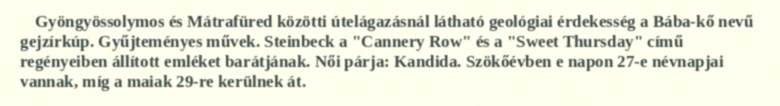
Gyöngyössolymos és Mátrafüred közötti útelágazásnál látható geológiai érdekesség a Bába-kő nevű gejzírkúp. Gyűjteményes művek. Steinbeck a "Cannery Row" és a "Sweet Thursday" című regényeiben állított emléket barátjának. Női párja: Kandida. Szökőévben e napon 27-e névnapjai vannak, míg a maiak 29-re kerülnek át.